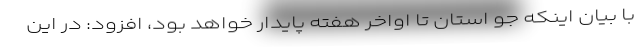
با بیان اینکه جو استان تا اواخر هفته پایدار خواهد بود، افزود: در این